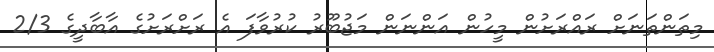
މިތަންތަނަށް ރައްރަށުން މީހުން އަންނަން މަޖުބޫރު ކުރުވާފަ އެ ރަށްރަށުގެ އާބާދީގެ 2/3